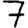
Digit: 7